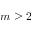
m \ge 2